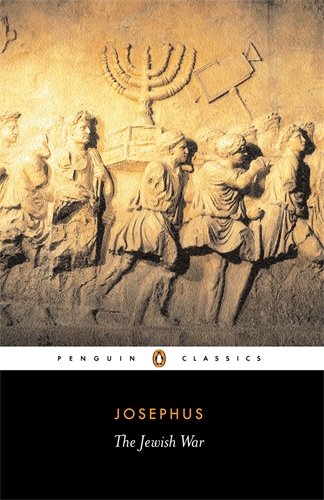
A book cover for The Jewish War: Revised Edition (Penguin Classics); Flavius Josephus; History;